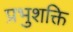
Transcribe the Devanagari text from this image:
प्रभुशक्ति